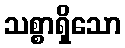
သစ္စာရှိသော